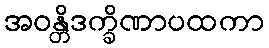
အဝန္တိဒက္ခိဏာပထကာ